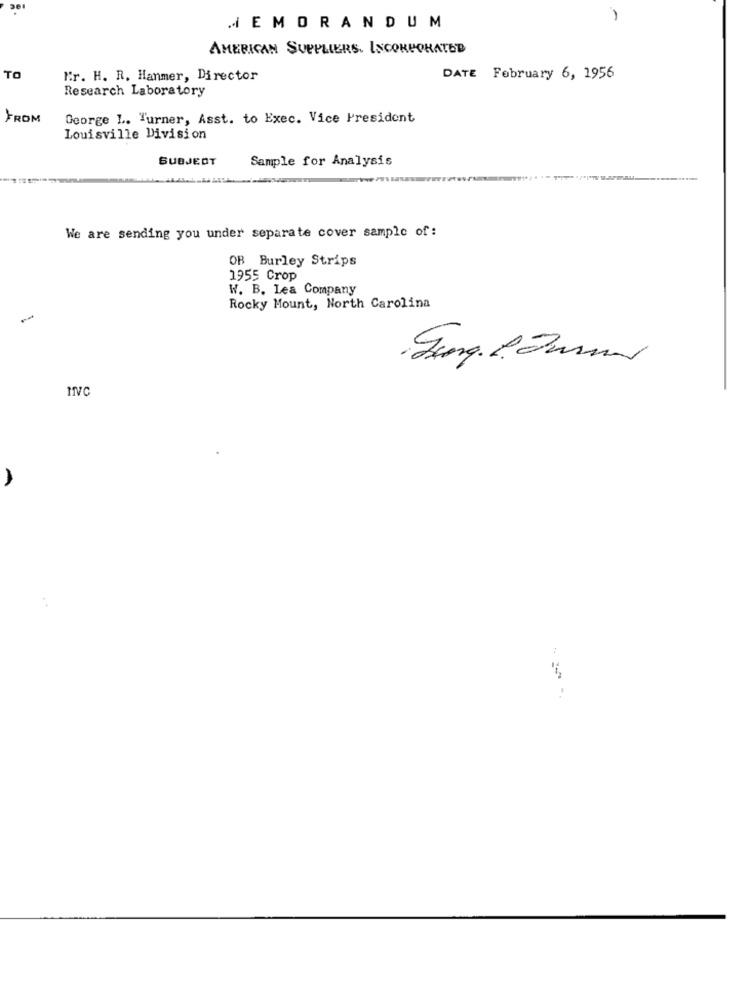
MEMORANDUM
AMERICAN SUPPLIERS. INCORPORATED
TO
Kr. H. R. Hanmer, Director
DATE February 6, 1956
Research Laboratory
FROM
George L. Turner, Asst. to Exec. Vice President
Louisville Division
SUBJECT
Sample for Analysis
We are sending you under separate cover sample of :
OB Burley Strips
1955 Crop
W. B. Lea Company
Rocky Mount, North Carolina
MVC
A